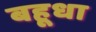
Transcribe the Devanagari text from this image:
बहूधा